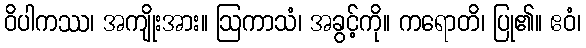
ဝိပါကဿ၊ အကျိုးအား။ ဩကာသံ၊ အခွင့်ကို။ ကရောတိ၊ ပြု၏။ ဧဝံ၊